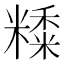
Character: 𥼄